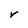
Character: v